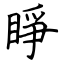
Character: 睜